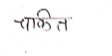
मजकूर: चकित